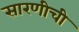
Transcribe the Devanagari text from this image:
सारणीची